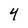
Character: 4